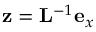
\mathbf { z } = \mathbf { L } ^ { - 1 } \mathbf { e } _ { x }